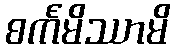
စင်္ကမိဿာမိ